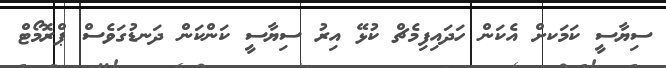
ސިޔާސީ ކަމަކށް އެކަން ހަދައިފިމެޗް ކުޅޭ އިރު ސިޔާސީ ކަންކަން ދަނޑުގަވެސް ޕްރޮމޯޓް